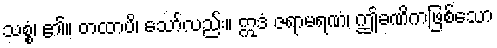
သစ္စံ၊ ၏။ တထာပိ၊ သော်လည်း။ ဣဒံ ဇရာမရဏံ၊ ဤခဏိကဖြစ်သော